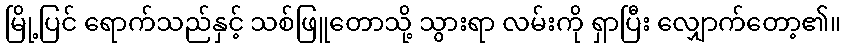
မြို့ပြင် ရောက်သည်နှင့် သစ်ဖြူတောသို့ သွားရာ လမ်းကို ရှာပြီး လျှောက်တော့၏။